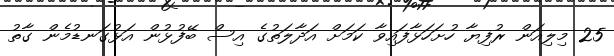
25 މިލިއަން ރުފިޔާ ހުށަހަޅާފައިވާ ކަމަށް އަދާލަތުގެ އިސް ބޭފުޅުން އަޅުގަނޑުމެން ގާތު